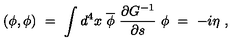
( \phi , \phi ) \ = \ \int d ^ { 4 } x \ \overline { \phi } \ \frac { \partial G ^ { - 1 } } { \partial s } \ \phi \ = \ - i \eta \ ,